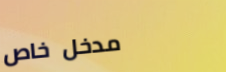
مدخل خاص